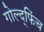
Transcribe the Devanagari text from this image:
गोल्द्फिंच